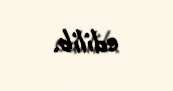
edilib.